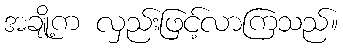
အချို့က လှည်းဖြင့်လာကြသည်။